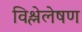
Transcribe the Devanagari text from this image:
विश्लेलेषण